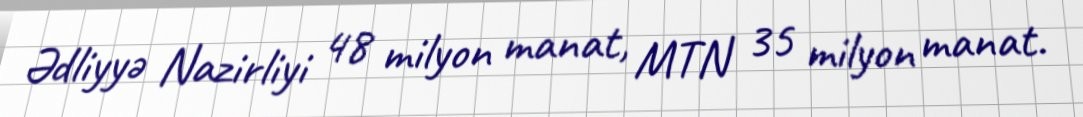
Ədliyyə Nazirliyi 48 milyon manat, MTN 35 milyon manat.